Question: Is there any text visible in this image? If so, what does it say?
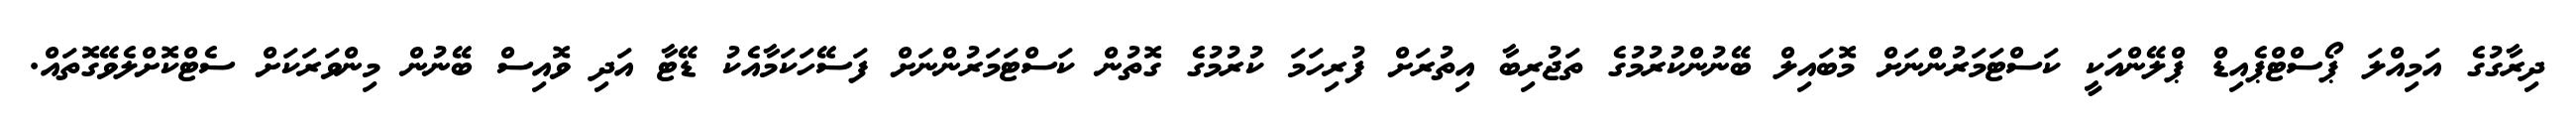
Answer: ދިރާގުގެ އަމިއްލަ ޕޯސްޓްޕެއިޑް ޕްލޭންއަކީ ކަސްޓަމަރުންނަށް މޮބައިލް ބޭނުންކުރުމުގެ ތަޖުރިބާ އިތުރަށް ފުރިހަމަ ކުރުމުގެ ގޮތުން ކަސްޓަމަރުންނަށް ފަސޭހަކަމާއެކު ޑޭޓާ އަދި ވޮއިސް ބޭނުން މިންވަރަކަށް ސެޓްކޮށްލެވޭގޮތައް.